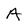
Character: A